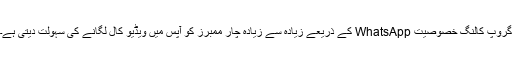
گروپ کالنگ خصوصیت WhatsApp کے ذریعے زیادہ سے زیادہ چار ممبرز کو آپس میں ویڈیو کال لگانے کی سہولت دیتی ہے۔